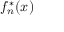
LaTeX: f _ { n } ^ { * } ( x )